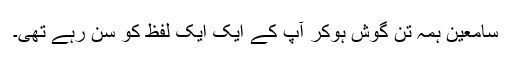
سامعین ہمہ تن گوش ہوکر آپ کے ایک ایک لفظ کو سُن رہے تھی۔